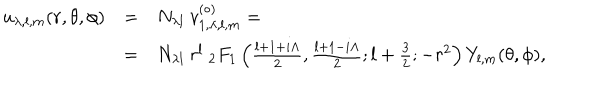
\begin{array} { r c l } { { u _ { \lambda , l , m } ( r , \theta , \phi ) } } & { { = } } & { { N _ { \lambda l } \ v _ { 1 , \lambda , l , m } ^ { ( \circ ) } = } } \\ { { } } & { { = } } & { { N _ { \lambda l } \ r ^ { l } \ _ { 2 } F _ { 1 } \left( { \frac { l + 1 + i \Lambda } { 2 } } , { \frac { l + 1 - i \Lambda } { 2 } } ; l + { \frac { 3 } { 2 } } ; - r ^ { 2 } \right) Y _ { l , m } ( \theta , \phi ) , } } \\ \end{array}